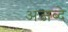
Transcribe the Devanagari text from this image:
अजब्दे